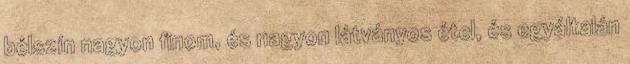
bélszín nagyon finom, és nagyon látványos étel, és egyáltalán